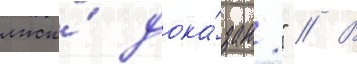
лжи́ дока́зан." // В